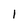
Character: I